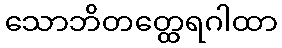
သောဘိတတ္ထေရဂါထာ